Annual report of the Punjab Veterinary College and of the Civil Veterinary Department, Punjab - 1909-1919
Year: 1909
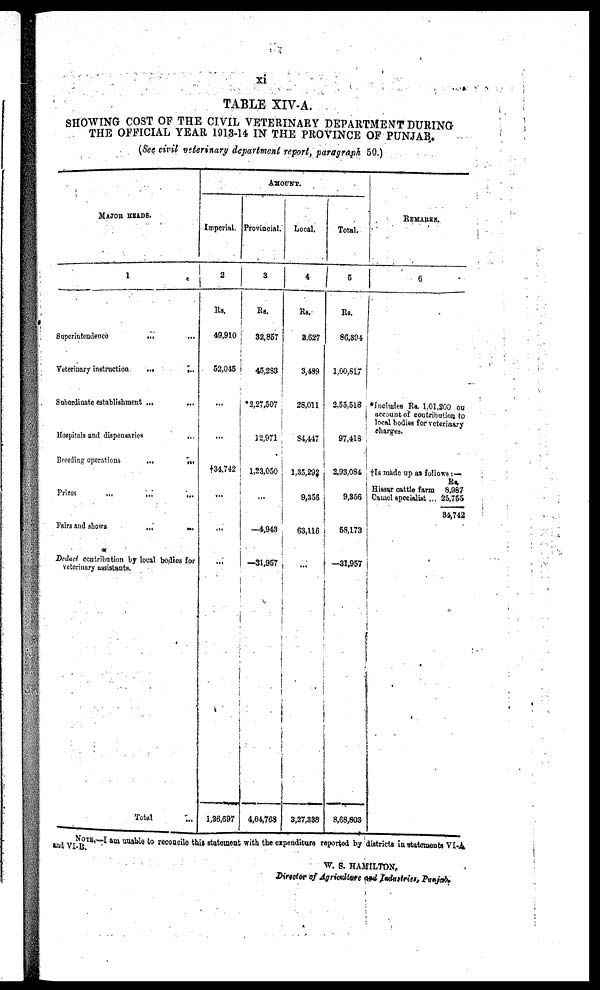
xi
TABLE XIV- A.
SHOWING COST OF THE CIVIL VETERINARY DEPARTMENT DURING
THE OFFICIAL YEAR 1913-14 IN THE PROVINCE OF PUNJAB.
(See civil veterinary department report, paragraph 50.)
MAJOR HEADS.
1
Superintendence
...
...
Veterinary instruction
... ...
Subordinate establishment ... ...
Hospitals and dispensaries
...
Breeding operations ...
...
Prizes
...
...
...
Fairs and shows
...
...
Deduct contribution by local bodies for
veterinary assistants.
Total
...
AMOUNT.
Imperial.
2
Rs.
49,910
52,045
...
...
†34,742
...
...
...
1,36,697
Provincial.
3
Rs.
32,857
45,283
*2,27,507
32,971
1,23,050
...
–4,943
–31,957
4,04,768
Local.
4
Rs.
3,627
3,489
28,011
84,447
1,35,292
9,356
63,116
...
3,27,338
Total.
5
Rs.
86,394
1,00,817
2,55,518
97,418
2,93,084
9,356
58,173
–31,957
8,68,803
REMARKS.
6
*Includes Rs. 1,01,200 on
account of contribution to
local bodies for veterinary
charges.
†Is made up as follows:—
Rs.
Hiasar cattle farm 8,987
Camel specialist ... 25,755
34,742
NOTE.–I am unable to recoacile this statement with the expenditure reported by districts in statements VI-A
and VI-B.
W. S. HAMILTON.
Director of Agriculture and Industries, Punjab.